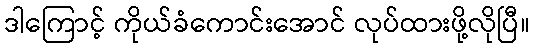
ဒါကြောင့် ကိုယ်ခံကောင်းအောင် လုပ်ထားဖို့လိုပြီ။